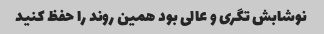
نوشابش تگری و عالی بود همین روند را حفظ کنید